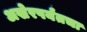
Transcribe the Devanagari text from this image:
अखेरपर्यंतचा